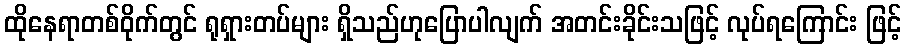
ထိုနေရာတစ်ဝိုက်တွင် ရုရှားတပ်များ ရှိသည်ဟုပြောပါလျက် အတင်းခိုင်းသဖြင့် လုပ်ရကြောင်း ဖြင့်